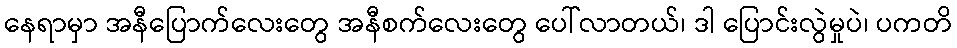
နေရာမှာ အနီပြောက်လေးတွေ အနီစက်လေးတွေ ပေါ်လာတယ်၊ ဒါ ပြောင်းလွဲမှုပဲ၊ ပကတိ